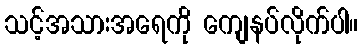
သင့်အသားအရေကို ကျေနပ်လိုက်ပါ။